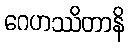
ဂေဟဿိတာနိ